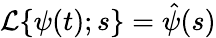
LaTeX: {\cal{L}}\{ \psi(t);s\} =\hat{\psi}(s)